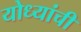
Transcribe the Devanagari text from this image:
योध्यांची